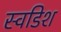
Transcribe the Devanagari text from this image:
स्वडिश